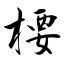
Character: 楆